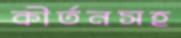
কীর্তনসহ